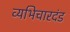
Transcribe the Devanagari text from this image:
व्यभिचारदंड